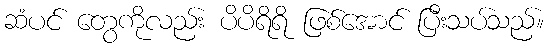
ဆံပင် တွေကိုလည်း ပိပိရိရိ ဖြစ်အောင် ပြီးသပ်သည်။